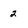
Character: 2